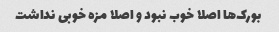
بورک‌ها اصلا خوب نبود و اصلا مزه خوبی نداشت